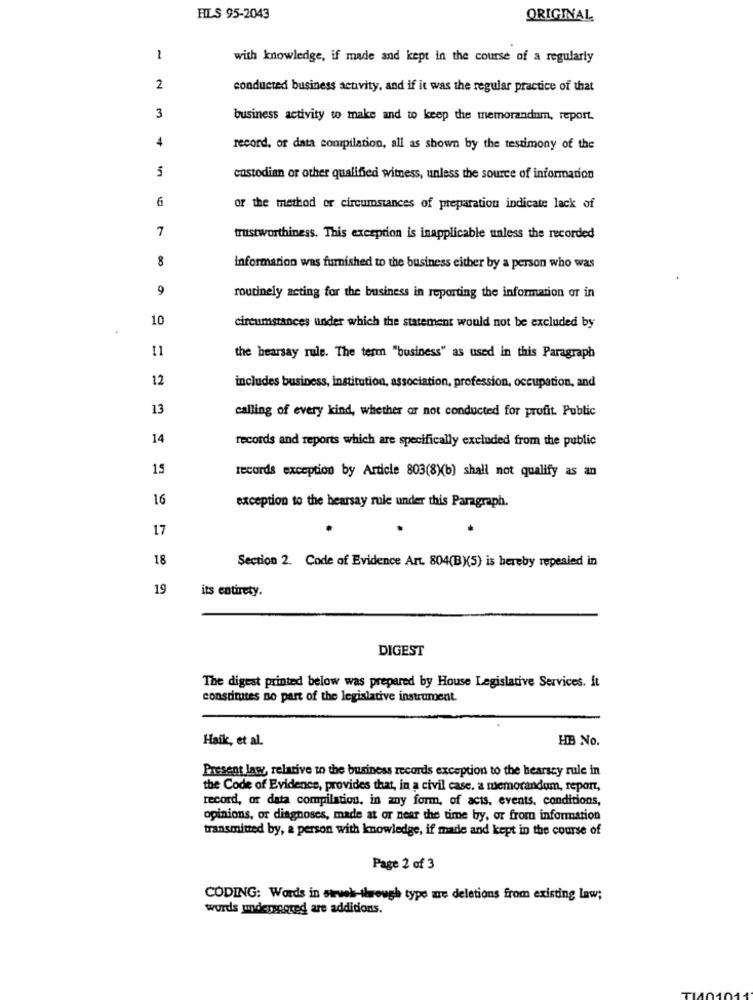
FILS 95-2043
ORIGINAL
1
with knowledge, if made and kept in the course of a regularly
2
conducted business activity, and if it was the regular practice of that
3
business activity to make and to keep the memorandum, report.
4
record, or data compilation, all as shown by the testimony of the
5
custodian or other qualified witness, unless the source of information
6
or the method or circumstances of preparation indicate lack of
7
trustworthiness. This exception is inapplicable unless the recorded
8
information was furnished to the business either by a person who was
9
routinely acting for the business in reporting the information or in
10
circumstances under which the statement would not be excluded by
11
the hearsay rule. The term "business" as used in this Paragraph
12
includes business, institution, association, profession, occupation, and
13
calling of every kind, whether or not conducted for profit. Public
14
records and reports which are specifically excluded from the public
15
records exception by Article 803(8)(b) shall not qualify as an
16
exception to the hearsay rule under this Paragraph.
17
18
Section 2. Code of Evidence Art. 804(BX5) is hereby repealed in
19
its entirety.
DIGEST
The digest printed below was prepared by House Legislative Services. It
constitutes no part of the legislative instrument.
Haik, et al.
HB No.
Present law, relative to the business records exception to the hearsey rule in
the Code of Evidence, provides that, in a civil case. a memorandum, report,
record, or data compilation, in any form, of acts. events. conditions,
opinions, or diagnoses, made at or near the time by, or from information
transmitted by, a person with knowledge, if made and kept in the course of
Page 2 of 3
CODING: Words in strwek-through type are deletions from existing law;
words underscored are additions.